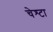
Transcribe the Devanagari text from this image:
चेश्टा